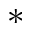
*